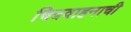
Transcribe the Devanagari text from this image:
चित्रवाहनाची